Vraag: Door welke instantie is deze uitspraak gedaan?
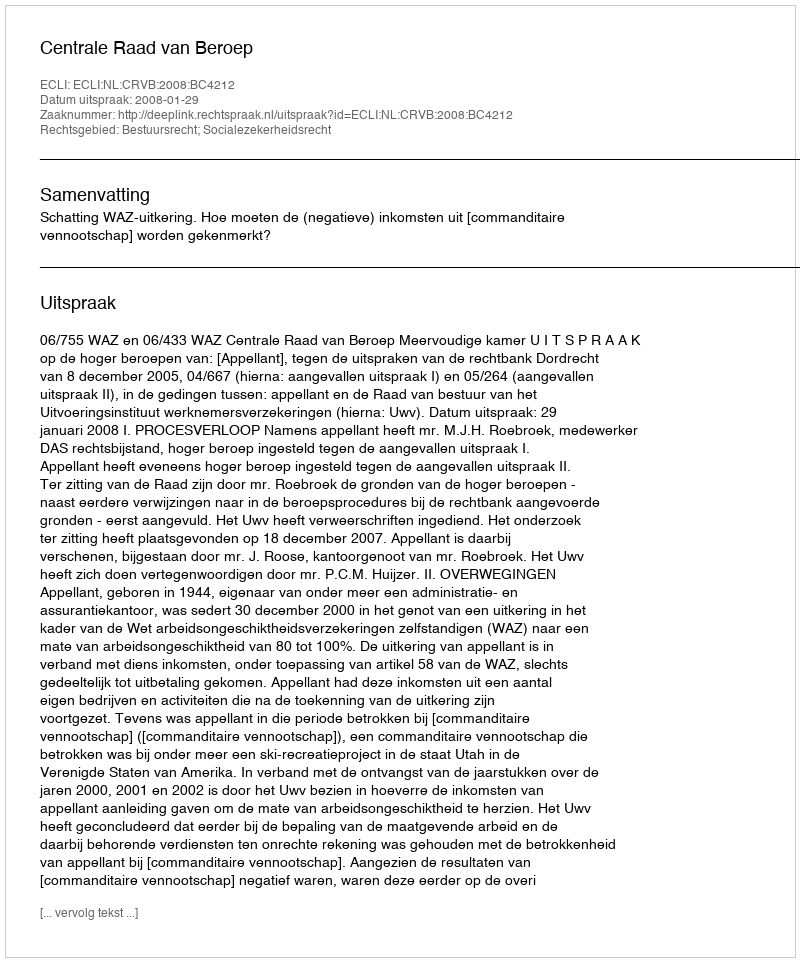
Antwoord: Centrale Raad van Beroep